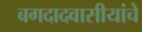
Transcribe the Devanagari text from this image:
बगदादवासीयांचे